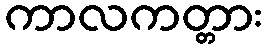
ကာလကတ္တား